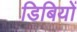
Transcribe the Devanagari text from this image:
डिबियों